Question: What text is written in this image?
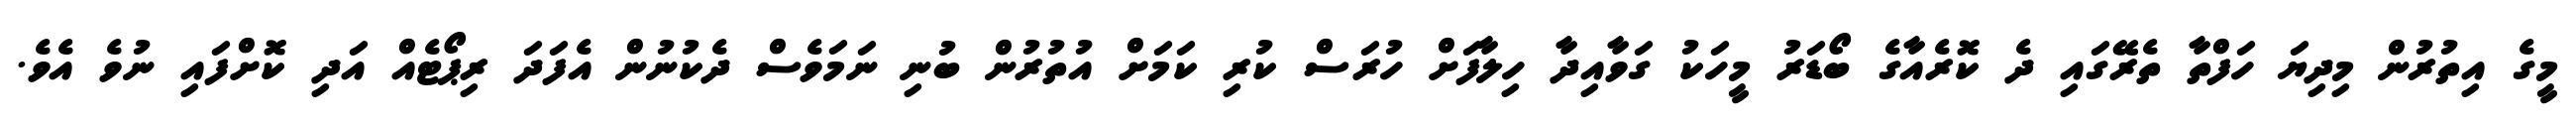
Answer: މީގެ އިތުރުން މިދިޔަ ހަފްތާ ތެރޭގައި ދެ ކޮރެއާގެ ބޯޑަރު މީހަކު ގަވާއިދާ ހިލާފަށް ހުރަސް ކުރި ކަމަށް އުތުރުން ބުނި ނަމަވެސް ދެކުނުން އެފަދަ ރިޕޯޓެއް އަދި ކޮށްފައި ނުވެ އެވެ.